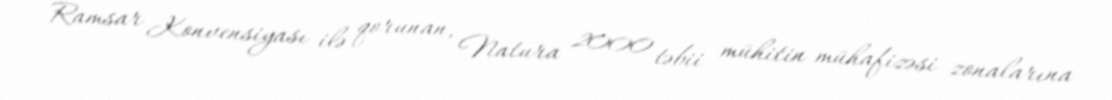
Ramsar Konvensiyası ilə qorunan, Natura 2000 təbii mühitin mühafizəsi zonalarına